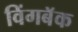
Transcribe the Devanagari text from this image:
विंगबॅक